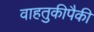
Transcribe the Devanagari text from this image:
वाहतुकीपैकी